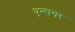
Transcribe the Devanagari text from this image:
एन्सगर